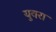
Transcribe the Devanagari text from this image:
युवरा